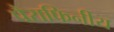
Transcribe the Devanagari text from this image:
पैराफिनीय